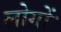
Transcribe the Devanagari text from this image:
लोगोंॱ